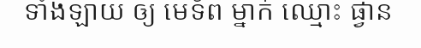
ទាំងឡាយ ឲ្យ មេទ័ព ម្នាក់ ឈ្មោះ ផ្វាន